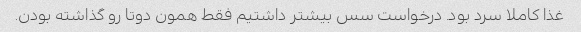
غذا کاملا سرد بود. درخواست سس بیشتر داشتیم فقط همون دوتا رو گذاشته بودن.